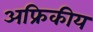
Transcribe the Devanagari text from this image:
अफ्रिकीय